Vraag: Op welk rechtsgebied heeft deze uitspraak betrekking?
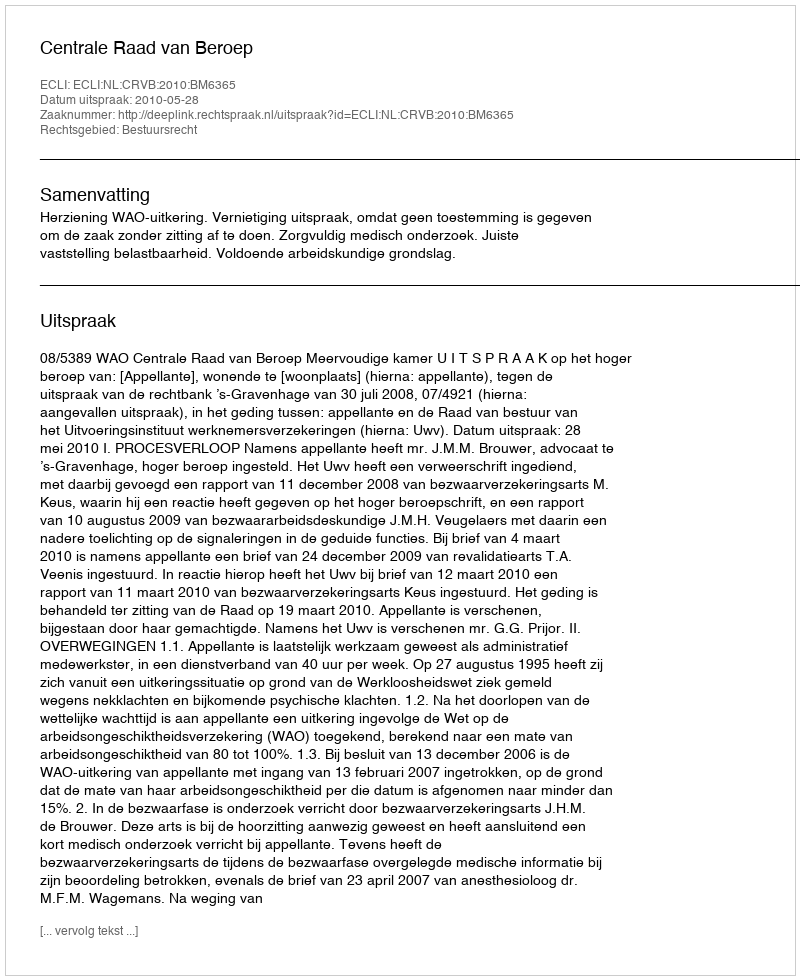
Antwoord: Bestuursrecht